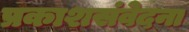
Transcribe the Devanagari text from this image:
प्रकाशसंवेदना